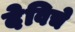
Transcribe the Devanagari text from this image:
देविचे